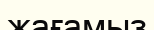
жағамыз